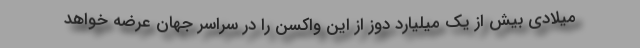
میلادی بیش از یک میلیارد دوز از این واکسن را در سراسر جهان عرضه خواهد